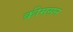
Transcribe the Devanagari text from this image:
क्रीमसन